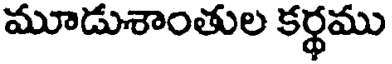
మూడుశాంతుల కర్థము